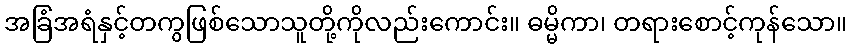
အခြံအရံနှင့်တကွဖြစ်သောသူတို့ကိုလည်းကောင်း။ ဓမ္မိကာ၊ တရားစောင့်ကုန်သော။